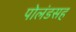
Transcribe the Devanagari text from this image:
पोलंडसह